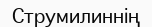
Струмилиннің